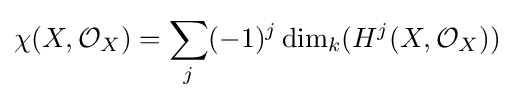
\chi (X,{\mathcal {O}}_{X})=\sum _{j}(-1)^{j}\dim _{k}(H^{j}(X,{\mathcal {O}}_{X}))